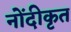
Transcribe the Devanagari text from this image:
नोंदीकृत